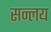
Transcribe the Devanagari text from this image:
सन्लय